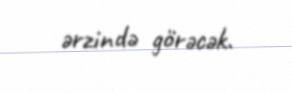
ərzində görəcək.